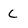
Character: C